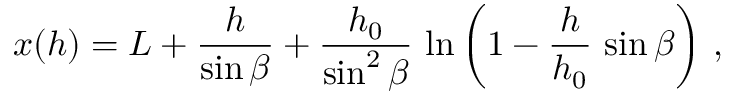
x ( h ) = L + \frac { h } { \sin \beta } + \frac { h _ { 0 } } { \sin ^ { 2 } \beta } \, \ln \left( 1 - \frac { h } { h _ { 0 } } \, \sin \beta \right) \, ,